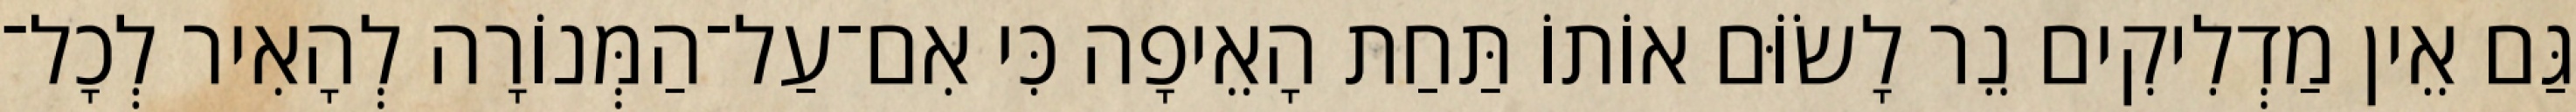
גַּם אֵין מַדְלִיקִים נֵר לָשׂוֹּם אוֹתוֹ תַּחַת הָאֵיפָה כִּי אִם־עַל־הַמְּנוֹרָה לְהָאִיר לְכָל־